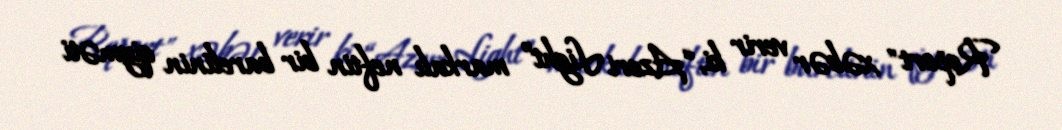
Report" xəbər verir ki, “Azeri Light” markalı neftin bir barelinin qiyməti